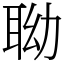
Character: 聈